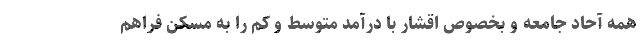
همه آحاد جامعه و بخصوص اقشار با درآمد متوسط و کم را به مسکن فراهم